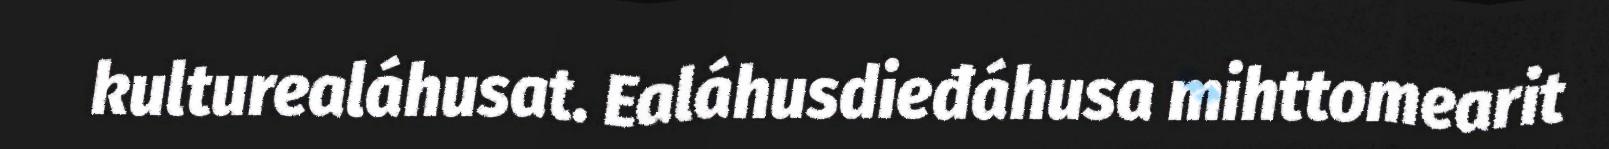
kulturealáhusat. Ealáhusdieđáhusa mihttomearit